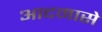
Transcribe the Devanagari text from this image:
आदमासे